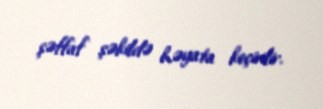
şəffaf şəkildə həyata keçirilir.